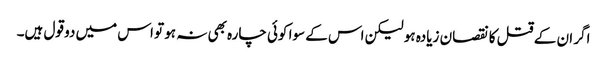
اگر ان کے قتل کا نقصان زیادہ ہو لیکن اس کے سوا کوئی چارہ بھی نہ ہو تو اس میں دو قول ہیں۔